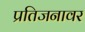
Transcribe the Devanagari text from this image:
प्रतिजनावर